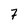
Character: 7